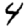
Digit: 4